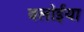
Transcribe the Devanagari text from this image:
बलोईया